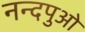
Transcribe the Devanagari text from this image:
नन्दपुओ